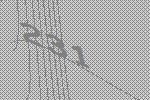
231